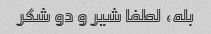
بله، لطفا شیر و دو شکر